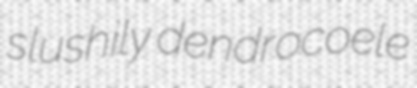
slushily dendrocoele